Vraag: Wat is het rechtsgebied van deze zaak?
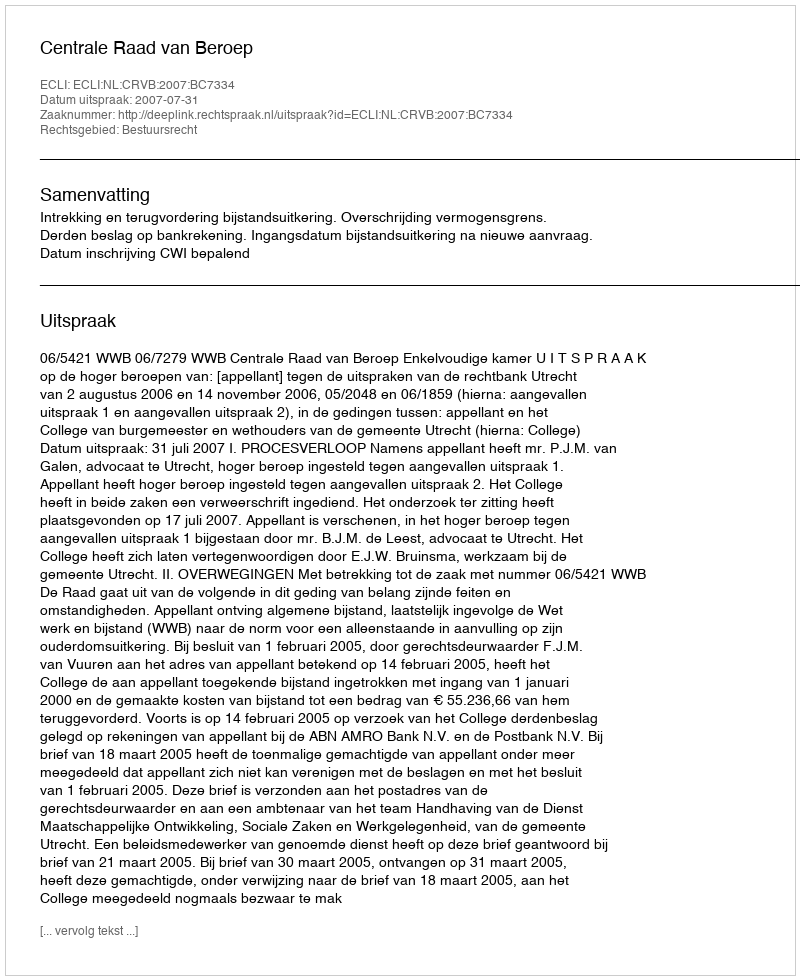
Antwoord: Bestuursrecht